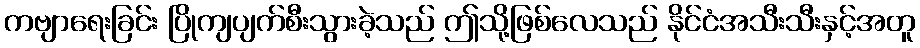
ကဗျာရေးခြင်း ပြိုကျပျက်စီးသွားခဲ့သည် ဤသို့ဖြစ်လေသည် နိုင်ငံအသီးသီးနှင့်အတူ